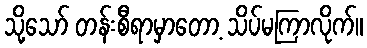
သို့သော် တန်းစီရာမှာတော့ သိပ်မကြာလိုက်။